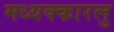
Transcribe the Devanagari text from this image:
मध्यक्कारलु